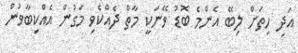
އަދި ހިތަށް ލިބޭ އެންމެ ބޮޑު ވޭނަކީ މާތް ދެއްކެވި މަގުން އެއްކިބާވުން